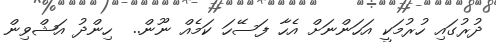
ދުރުގައި ހުރުމަކީ އަހަންނަށް އެހާ ފަސޭހަ ކަމެއް ނޫން..  ހިންދު އަޝްވިން